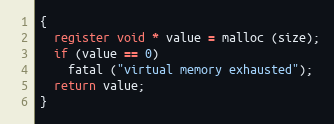
Language: C
{
  register void * value = malloc (size);
  if (value == 0)
    fatal ("virtual memory exhausted");
  return value;
}